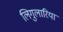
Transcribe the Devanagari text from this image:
लिगुलारिया